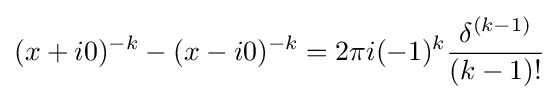
(x+i0)^{-k}-(x-i0)^{-k}=2\pi i(-1)^{k}{\frac {\delta ^{(k-1)}}{(k-1)!}}